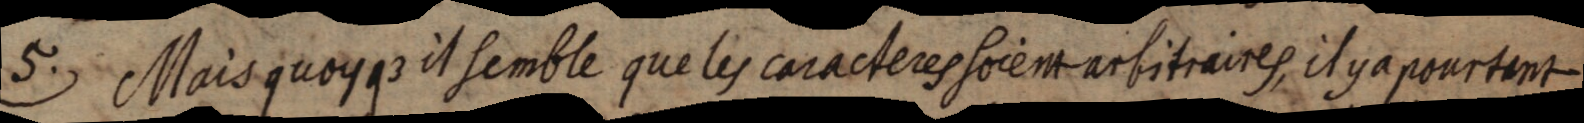
5. Mais quoyque il semble que les caracteres soient arbitraires, il y a pourtant